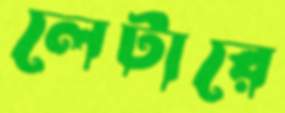
লেটারে